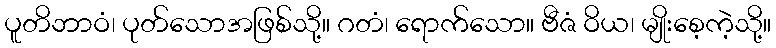
ပူတိဘာဝံ၊ ပုတ်သောအဖြစ်သို့။ ဂတံ၊ ရောက်သော။ ဗီဇံ ဝိယ၊ မျိုးစေ့ကဲ့သို့။